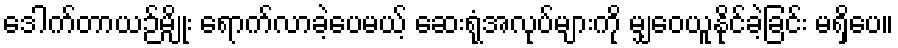
ဒေါက်တာယဉ်မျိုး ရောက်လာခဲ့ပေမယ့် ဆေးရုံအလုပ်များကို မျှဝေယူနိုင်ခဲ့ခြင်း မရှိပေ။